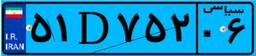
۵۱D۷۵۲۰۶